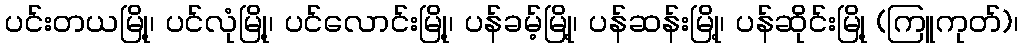
ပင်းတယမြို့၊ ပင်လုံမြို့၊ ပင်လောင်းမြို့၊ ပန်ခမ့်မြို့၊ ပန်ဆန်းမြို့၊ ပန်ဆိုင်းမြို့ (ကြူကုတ်)၊